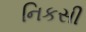
નિકસી